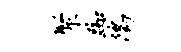
聚踟鸱